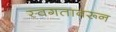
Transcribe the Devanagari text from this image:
स्वगतावरून